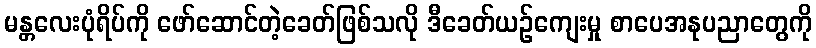
မန္တလေးပုံရိပ်ကို ဖော်ဆောင်တဲ့ခေတ်ဖြစ်သလို ဒီခေတ်ယဉ်ကျေးမှု စာပေအနုပညာတွေကို